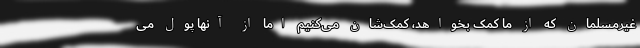
غیرمسلمان که از ما کمک بخواهد، کمک‌شان می‌کنیم اما از آنها پول می